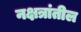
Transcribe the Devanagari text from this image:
नक्षत्रांतील